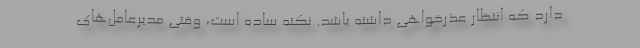
دارد که انتظار عذرخواهی داشته باشد. نکته ساده است، وقتی مدیرعامل‌های